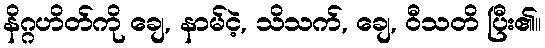
နိဂ္ဂဟိတ်ကို ချေ, နာမ်ငဲ့, သိသက်, ချေ, ဝီသတိ ပြီး၏။